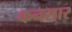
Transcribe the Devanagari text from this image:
कनसार